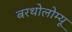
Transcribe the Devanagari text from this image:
बरथोलोम्यू